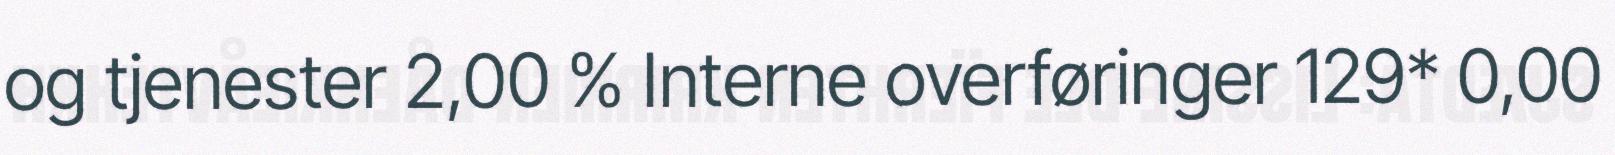
og tjenester 2,00 % Interne overføringer 129* 0,00